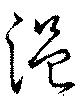
浥